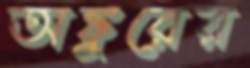
অঙ্কুরের